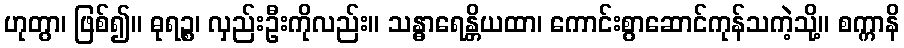
ဟုတွာ၊ ဖြစ်၍။ ဓုရဉ္စ၊ လှည်းဦးကိုလည်း။ သန္ဓာရေန္တိယထာ၊ ကောင်းစွာဆောင်ကုန်သကဲ့သို့။ စက္ကာနိ